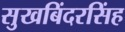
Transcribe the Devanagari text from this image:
सुखबिंदरसिंह